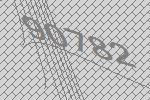
90782